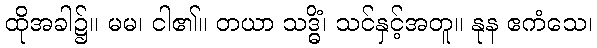
ထိုအခါ၌။ မမ၊ ငါ၏။ တယာ သဒ္ဓိံ၊ သင်နှင့်အတူ။ နုန ဧကံသေ၊